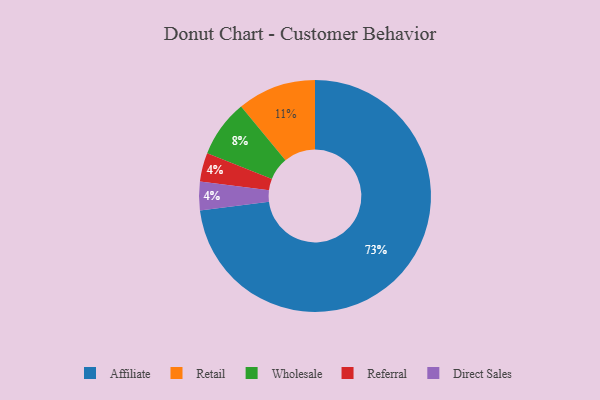
{"axis": {"x": "Category", "y": "Percentage"}, "legend": ["Affiliate", "Direct Sales", "Referral", "Retail", "Wholesale"], "data": [{"x": "Retail", "y": 11, "type": "Retail"}, {"x": "Referral", "y": 4, "type": "Referral"}, {"x": "Affiliate", "y": 73, "type": "Affiliate"}, {"x": "Direct Sales", "y": 4, "type": "Direct Sales"}, {"x": "Wholesale", "y": 8, "type": "Wholesale"}]}